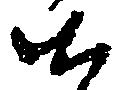
候